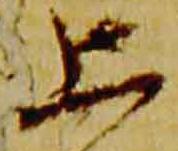
上